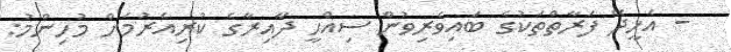
- އެހީދޭ ފަރާތްތަކުގެ ބައިވެރިވުން ސިއްހީ ދާއިރާގެ ކުރިއެރުމަށް މުހިންމު: